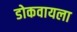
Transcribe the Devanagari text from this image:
डोकवायला